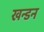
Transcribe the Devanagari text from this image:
खन्डन